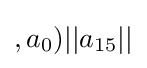
,a_{0})||a_{15}||